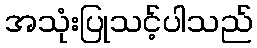
အသုံးပြုသင့်ပါသည်